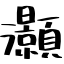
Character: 灝